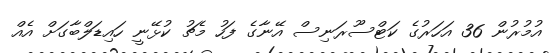
އުމުރުން 36 އަހަރުގެ ކަޓްސޫރަނިސް އޭނާގެ ފަހު މެޗު ކުޅޭނީ ހައިޑަލްބާގަށް އެއް